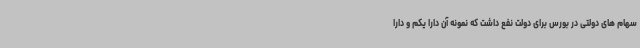
سهام های دولتی در بورس برای دولت نفع داشت که نمونه آن دارا یکم و دارا